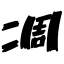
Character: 凋